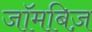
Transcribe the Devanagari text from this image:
जॉमबिज़